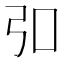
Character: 𪪺